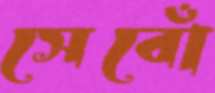
সেবোঁ